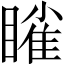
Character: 𬑥